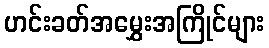
ဟင်းခတ်အမွှေးအကြိုင်များ